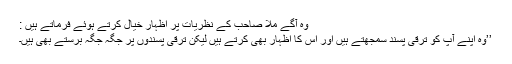
وہ آگے ملّا صاحب کے نظریات پر اظہار خیال کرتے ہوئے فرماتے ہیں :
’’وہ اپنے آپ کو ترقی پسند سمجھتے ہیں اور اس کا اظہار بھی کرتے ہیں لیکن ترقی پسندوں پر جگہ جگہ برستے بھی ہیں۔